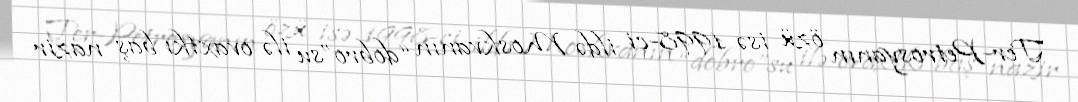
Ter-Petrosyanın özü isə 1998-ci ildə Moskvanın “dobro”su ilə ovaxtkı baş nazir